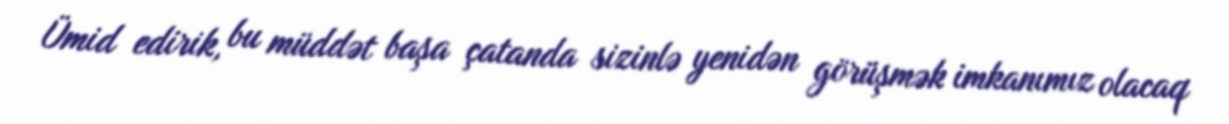
Ümid edirik, bu müddət başa çatanda sizinlə yenidən görüşmək imkanımız olacaq